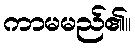
ကာမမည်၏။